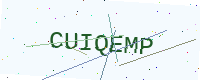
Text: CUIQEMP